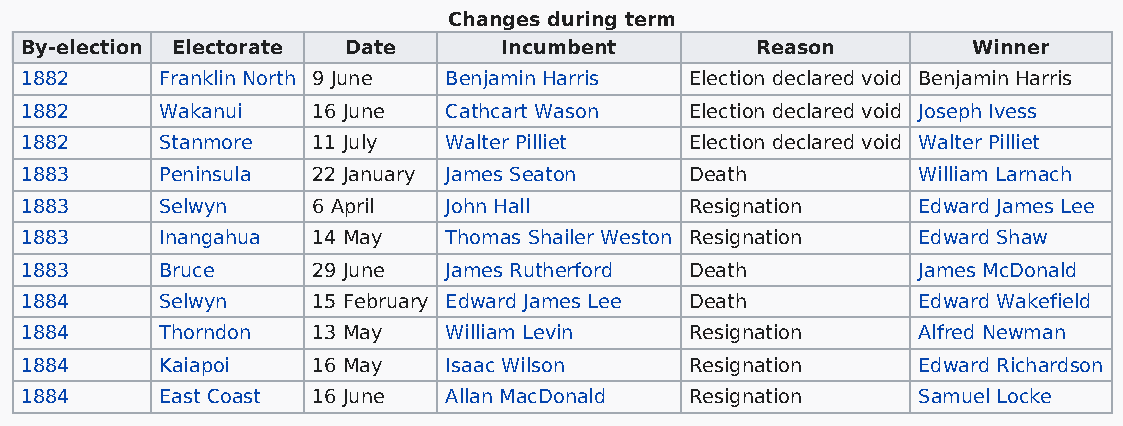
Changes during term
 By-election Electorate Date     Incumbent        Reason        Winner
 1882      Franklin North 9 June Benjamin Harris Election declared void Benjamin Harris
 1882      Wakanui   16 June Cathcart Wason   Election declared void Joseph Ivess
 1882      Stanmore  11 July Walter Pilliet   Election declared void Walter Pilliet
 1883      Peninsula 22 January James Seaton  Death          William Larnach
 1883      Selwyn    6 April John Hall        Resignation    Edward James Lee
 1883      Inangahua 14 May  Thomas Shailer Weston Resignation Edward Shaw
 1883      Bruce     29 June James Rutherford Death          James McDonald
 1884      Selwyn    15 February Edward James Lee Death      Edward Wakefield
 1884      Thorndon  13 May  William Levin    Resignation    Alfred Newman
 1884      Kaiapoi   16 May  Isaac Wilson     Resignation    Edward Richardson
 1884      East Coast 16 June Allan MacDonald Resignation    Samuel Locke